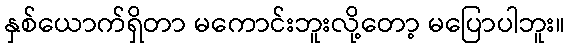
နှစ်ယောက်ရှိတာ မကောင်းဘူးလို့တော့ မပြောပါဘူး။